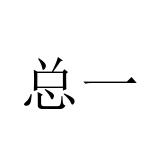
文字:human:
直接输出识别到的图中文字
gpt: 总一